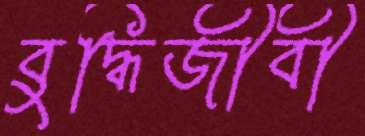
বুদ্ধিজীবী